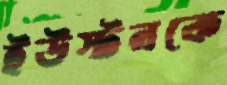
ইউস্টনকে